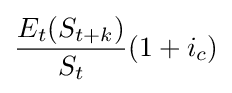
{\frac {E_{t}(S_{t+k})}{S_{t}}}(1+i_{c})